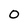
Character: O